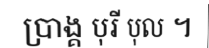
ប្រាង្គ បុរី បុល ។